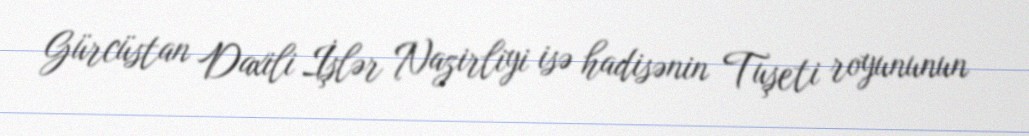
Gürcüstan Daxili İşlər Nazirliyi isə hadisənin Tuşeti royununun